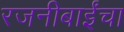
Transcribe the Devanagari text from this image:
रजनीबाईंचा